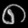
Digit: ၈